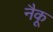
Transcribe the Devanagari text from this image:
नैकू